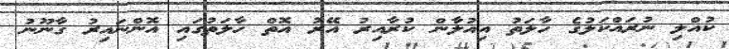
ކުއްލި ނުރައްކަލުގެ ހާލަތު އިއުލާން ކުރާއިރު އޭރު އޮތް ހާލަތުގައި އޮންނައިރު ގާނޫނު